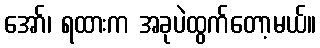
အော်၊ ရထားက အခုပဲထွက်တော့မယ်။